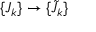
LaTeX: \{ J _ { k } \} \to \{ { \tilde { J } } _ { k } \}